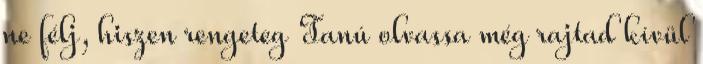
ne félj, hiszen rengeteg Tanú olvassa még rajtad kívül